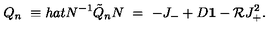
Q _ { n } \ \equiv h a t { N } ^ { - 1 } \tilde { Q } _ { n } N \ = \ - J _ { - } + D { \bf 1 } - { \cal R } J _ { + } ^ { 2 } .